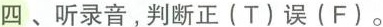
四、听录音,判断正(T)误(F)。